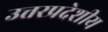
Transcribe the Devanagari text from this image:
उत्तरप्रदेशीय